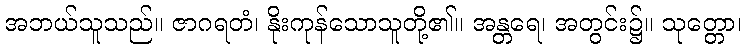
အဘယ်သူသည်။ ဇာဂရတံ၊ နိုးကုန်သောသူတို့၏။ အန္တရေ၊ အတွင်း၌။ သုတ္တော၊